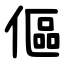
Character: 傴